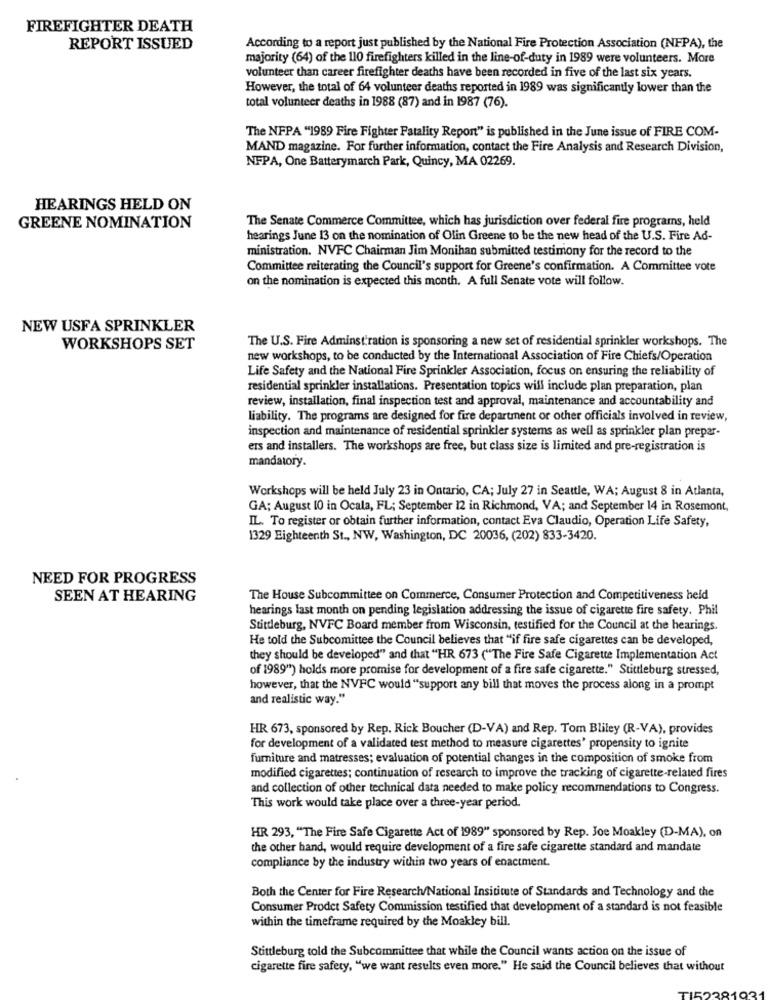
FIREFIGHTER DEATH
REPORT ISSUED
According to a report just published by the National Fire Protection Association (NFPA), the
majority (64) of the 110 firefighters killed in the line-of-duty in 1989 were volunteers. More
volunteer than career firefighter deaths have been recorded in five of the last six years.
However, the total of 64 volunteer deaths reported in 1989 was significantly lower than the
total volunteer deaths in 1988 (87) and in 1987 (76).
The NFPA "1989 Fire Fighter Fatality Report" is published in the June issue of FIRE COM-
MAND magazine. For further information, contact the Fire Analysis and Research Division,
NFPA, One Batterymarch Park, Quincy, MA 02269.
HEARINGS HELD ON
The Senate Commerce Committee, which has jurisdiction over federal fire programs, held
GREENE NOMINATION
hearings June 13 on the nomination of Olin Greene to be the new head of the U.S. Fire Ad-
ministration. NVFC Chairman Jim Monihan submitted testimony for the record to the
Committee reiterating the Council's support for Greene's confirmation. A Committee vote
on the nomination is expected this month. A full Senate vote will follow.
NEW USFA SPRINKLER
The U.S. Fire Adminstration is sponsoring a new set of residential sprinkler workshops. The
WORKSHOPS SET
new workshops, to be conducted by the International Association of Fire Chiefs/Operation
Life Safety and the National Fire Sprinkler Association, focus on ensuring the reliability of
residential sprinkler installations. Presentation topics will include plan preparation, plan
review, installation, final inspection test and approval, maintenance and accountability and
liability. The programs are designed for fire department or other officials involved in review,
inspection and maintenance of residential sprinkler systems as well as sprinkler plan prepar-
ers and installers. The workshops are free, but class size is limited and pre-registration is
mandatory.
Workshops will be held July 23 in Ontario, CA; July 27 in Seattle, WA; August 8 in Atlanta,
GA; August 10 in Ocala, FL; September 12 in Richmond, VA; and September 14 in Rosemont,
IL. To register or obtain further information, contact Eva Claudio, Operation Life Safety,
1329 Eighteenth St ., NW, Washington, DC 20036, (202) 833-3420.
NEED FOR PROGRESS
SEEN AT HEARING
The House Subcommittee on Commerce, Consumer Protection and Competitiveness held
hearings last month on pending legislation addressing the issue of cigarette fire safety. Phil
Stitdleburg, NVFC Board member from Wisconsin, testified for the Council at the hearings.
He told the Subcomittee the Council believes that "if fire safe cigarettes can be developed,
they should be developed" and that "HR 673 ("The Fire Safe Cigarette Implementation Act
of 1989") holds more promise for development of a fire safe cigarette." Stittleburg stressed,
however, that the NVFC would "support any bill that moves the process along in a prompt
and realistic way."
HR 673, sponsored by Rep. Rick Boucher (D-VA) and Rep. Tom Bliley (R-VA), provides
for development of a validated test method to measure cigarettes' propensity to ignite
furniture and matresses; evaluation of potential changes in the composition of smoke from
modified cigarettes; continuation of research to improve the tracking of cigarette-related fires
and collection of other technical data needed to make policy recommendations to Congress.
This work would take place over a three-year period.
HR 293, "The Fire Safe Cigarette Act of 1989" sponsored by Rep. Joe Moakley (D-MA), on
the other hand, would require development of a fire safe cigarette standard and mandate
compliance by the industry within two years of enactment.
Both the Center for Fire Research/National Insititute of Standards and Technology and the
Consumer Prodet Safety Commission testified that development of a standard is not feasible
within the timeframe required by the Moakley bill.
Stittleburg told the Subcommittee that while the Council wants action on the issue of
cigarette fire safety, "we want results even more." He said the Council believes that without